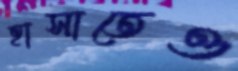
হাসাতেও